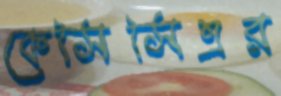
কেসিসিএর